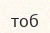
тоб